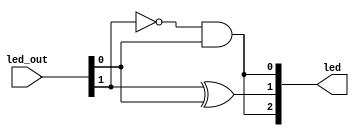
`timescale 1ns / 1ps
//////////////////////////////////////////////////////////////////////////////////
// Company: 
// Engineer: 
// 
// Design Name: 
// Module Name: led_mux
// Project Name: 
// Target Devices: 
// Tool Versions: 
// Description: 
// 
// Dependencies: 
// 
// Revision:
// Revision 0.01 - File Created
// Additional Comments:
// 
//////////////////////////////////////////////////////////////////////////////////

module ledctrl (
       // input led_clk,
       input [1:0] led_out,//selection input of mux
       output [2:0] led //mux output
       );
      
       
       assign led[2] = ~led_out[1]&led_out[0]; 
       assign led[1] = led_out[1]^led_out[0];
       assign led[0] = ~led_out[1]&led_out[0]; 
       

endmodule